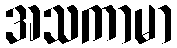
အသကာမာ